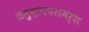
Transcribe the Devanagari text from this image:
समुदायपरामर्श